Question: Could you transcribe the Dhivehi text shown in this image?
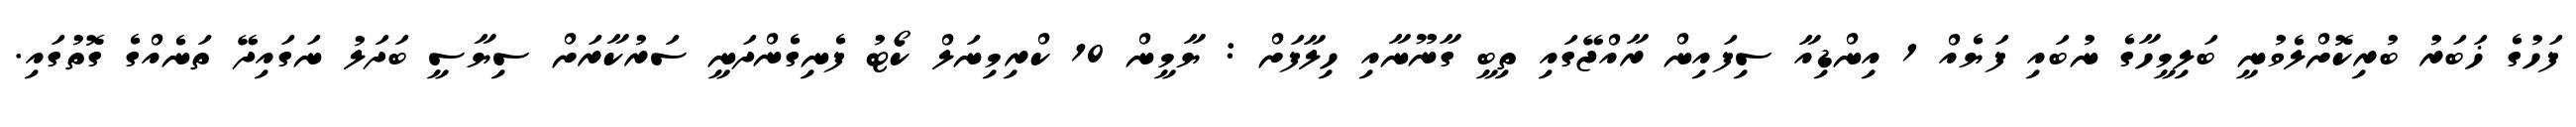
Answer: ފަހުގެ ޚަބަރު ބުރިކޮށްލެވުނީ ބަލިމީހާގެ ނުބައި ފަޔެއް 1 އިންޑިއާ ސިފައިން ރާއްޖޭގައި ތިބީ ގާނޫނާއި ހިލާފަށް : ޔާމީން 10 ކްރިމިނަލް ކޯޓު ފެނިގެންދަނީ ސަރުކާރަށް ސިޔާސީ ބަދަލު ނަގައިދޭ ތަނެއްގެ ގޮތުގައި.